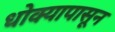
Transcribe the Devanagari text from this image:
धोक्यापासून